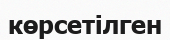
көрсетілген